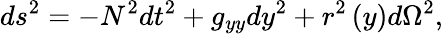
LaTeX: ds^{2}=-N^{2}dt^{2}+g_{yy}dy^{2}+r^{2}\left(y\right)d\Omega^{2},